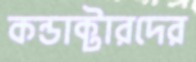
কন্ডাক্টারদের